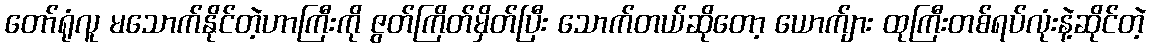
တော်ရုံလူ မသောက်နိုင်တဲ့ဟာကြီးကို ဇွတ်ကြိတ်မှိတ်ပြီး သောက်တယ်ဆိုတော့ ယောက်ျား ထုကြီးတစ်ရပ်လုံးနဲ့ဆိုင်တဲ့